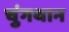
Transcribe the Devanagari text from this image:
चुंगथान